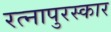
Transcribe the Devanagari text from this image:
रत्नापुरस्कार